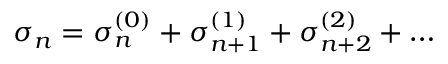
\sigma _ { n } = \sigma _ { n } ^ { ( 0 ) } + \sigma _ { n + 1 } ^ { ( 1 ) } + \sigma _ { n + 2 } ^ { ( 2 ) } + \ldots